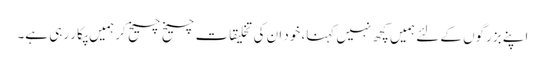
اپنے بزرگوں کے لئے ہمیں کچھ نہیں کہنا، خود ان کی تخلیقات چیخ چیخ کر ہمیں پکار رہی ہے۔